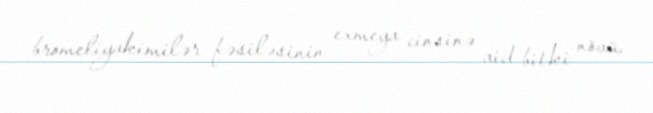
bromeliyakimilər fəsiləsinin exmeya cinsinə aid bitki növü.